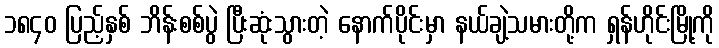
၁၈၄၀ ပြည့်နှစ် ဘိန်းစစ်ပွဲ ပြီးဆုံးသွားတဲ့ နောက်ပိုင်းမှာ နယ်ချဲ့သမားတို့က ရှန်ဟိုင်းမြို့ကို